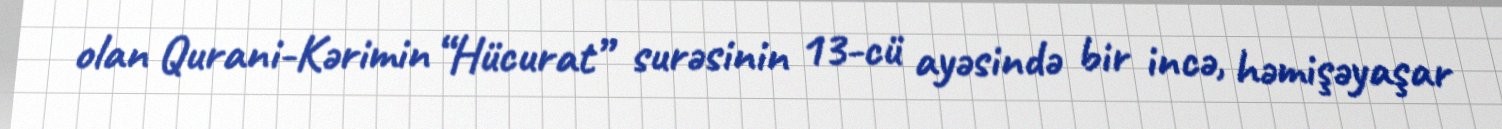
olan Qurani-Kərimin “Hücurat” surəsinin 13-cü ayəsində bir incə, həmişəyaşar